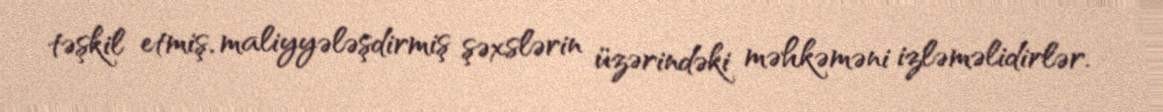
təşkil etmiş, maliyyələşdirmiş şəxslərin üzərindəki məhkəməni izləməlidirlər.